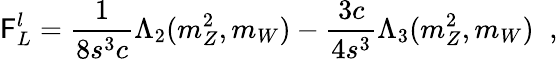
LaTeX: \mathsf{F}_{L}^{l}=\frac{{1}}{{8s^{3}c}}\Lambda_{2}(m_{Z}^{2},m_{W})-\frac{{3c}}{{4s^{3}}}\Lambda_{3}(m_{Z}^{2},m_{W})\; \; ,